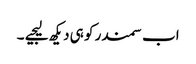
اب سمندر کو ہی دیکھ لیجیے ۔